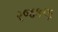
રજકણ